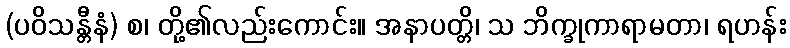
(ပဝိသန္တီနံ) စ၊ တို့၏လည်းကောင်း။ အနာပတ္တိ၊ သ ဘိက္ခုကာရာမတာ၊ ရဟန်း